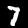
Digit: 7